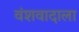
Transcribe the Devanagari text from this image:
वंशवादाला